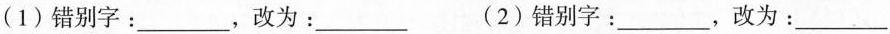
(1)错别字：___，改为：___ (2)错别字：___，改为：___